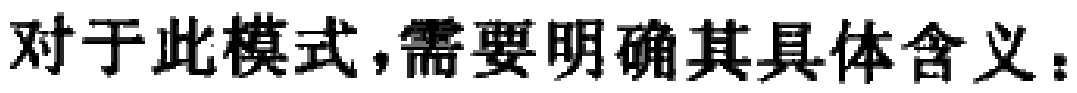
对于此模式,需要明确其具体含义：